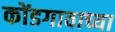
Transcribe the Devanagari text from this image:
कोंडगावाच्या